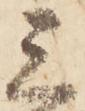
三